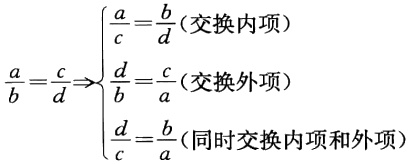
$\frac{a}{b}=\frac{c}{d} \Rightarrow \left\{\begin{array}{l}

\frac{a}{c}=\frac{b}{d}(\text { 交换内项 }) \\

\frac{d}{b}=\frac{c}{a}(\text { 交换外项 }) \\

\frac{d}{c}=\frac{b}{a}(\text { 同时交换内项和外项 })

\end{array}\right.$